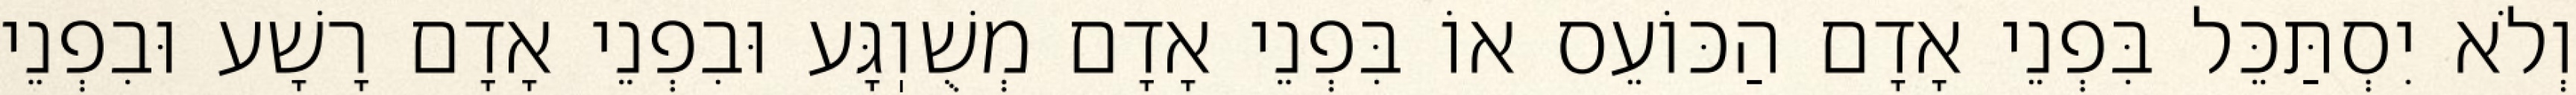
וְלֹא יִסְתַּכֵּל בִּפְנֵי אָדָם הַכּוֹעֵס אוֹ בִּפְנֵי אָדָם מְשֻׁוֽגָּע וּבִפְנֵי אָדָם רָשָׁע וּבִפְנֵי